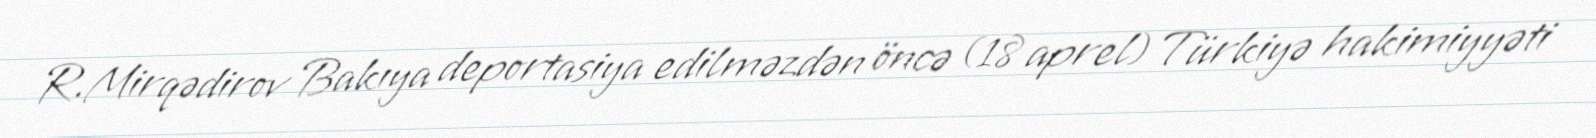
R.Mirqədirov Bakıya deportasiya edilməzdən öncə (18 aprel) Türkiyə hakimiyyəti